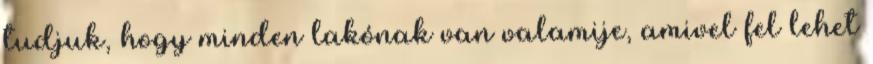
tudjuk, hogy minden lakónak van valamije, amivel fel lehet